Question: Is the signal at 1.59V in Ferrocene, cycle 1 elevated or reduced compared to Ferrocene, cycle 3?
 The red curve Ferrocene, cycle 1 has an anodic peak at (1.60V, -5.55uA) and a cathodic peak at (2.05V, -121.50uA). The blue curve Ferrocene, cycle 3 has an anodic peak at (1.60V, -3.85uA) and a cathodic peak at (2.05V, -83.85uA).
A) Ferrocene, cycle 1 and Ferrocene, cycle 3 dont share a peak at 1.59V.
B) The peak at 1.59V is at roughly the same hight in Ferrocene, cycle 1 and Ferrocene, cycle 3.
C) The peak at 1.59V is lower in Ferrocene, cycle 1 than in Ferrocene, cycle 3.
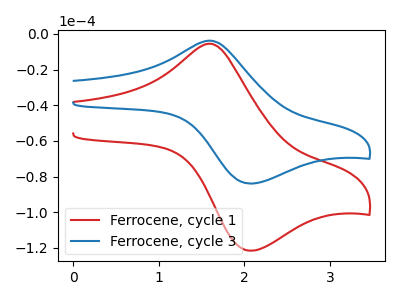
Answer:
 <answer>C) The peak at 1.59V is lower in "Ferrocene, cycle 1" than in "Ferrocene, cycle 3".</answer>
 <eval>C</eval>